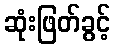
ဆုံးဖြတ်ခွင့်